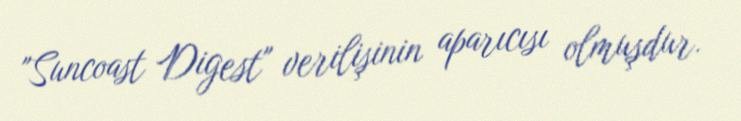
"Suncoast Digest" verilişinin aparıcısı olmuşdur.